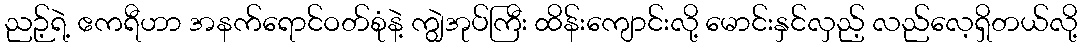
ညဉ့်ရဲ့ ဧကရီဟာ အနက်ရောင်ဝတ်စုံနဲ့ ကျွဲအုပ်ကြီး ထိန်းကျောင်းလို့ မောင်းနှင်လှည့် လည်လေ့ရှိတယ်လို့